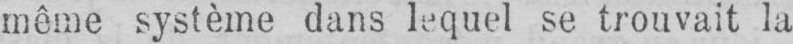
même système dans lequel se trouvait la